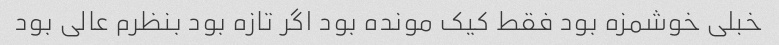
خبلی خوشمزه بود فقط کیک مونده بود اگر تازه بود بنظرم عالی بود